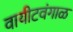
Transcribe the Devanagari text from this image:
वायीटवंगाळ